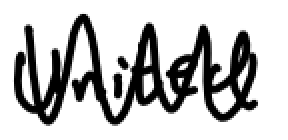
Text: United
Cross-out: zig-zag
Writing tool: digital_black